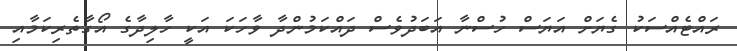
ރައްޓެއްސަކު ގެޔަށް އަޔަސް ހުސްނާ އަބަދުވެސް ދައްކަމުންދާ ވާހަކަ އަކީ ހާލިދާގެ އޯގާތެރިކަމާއި